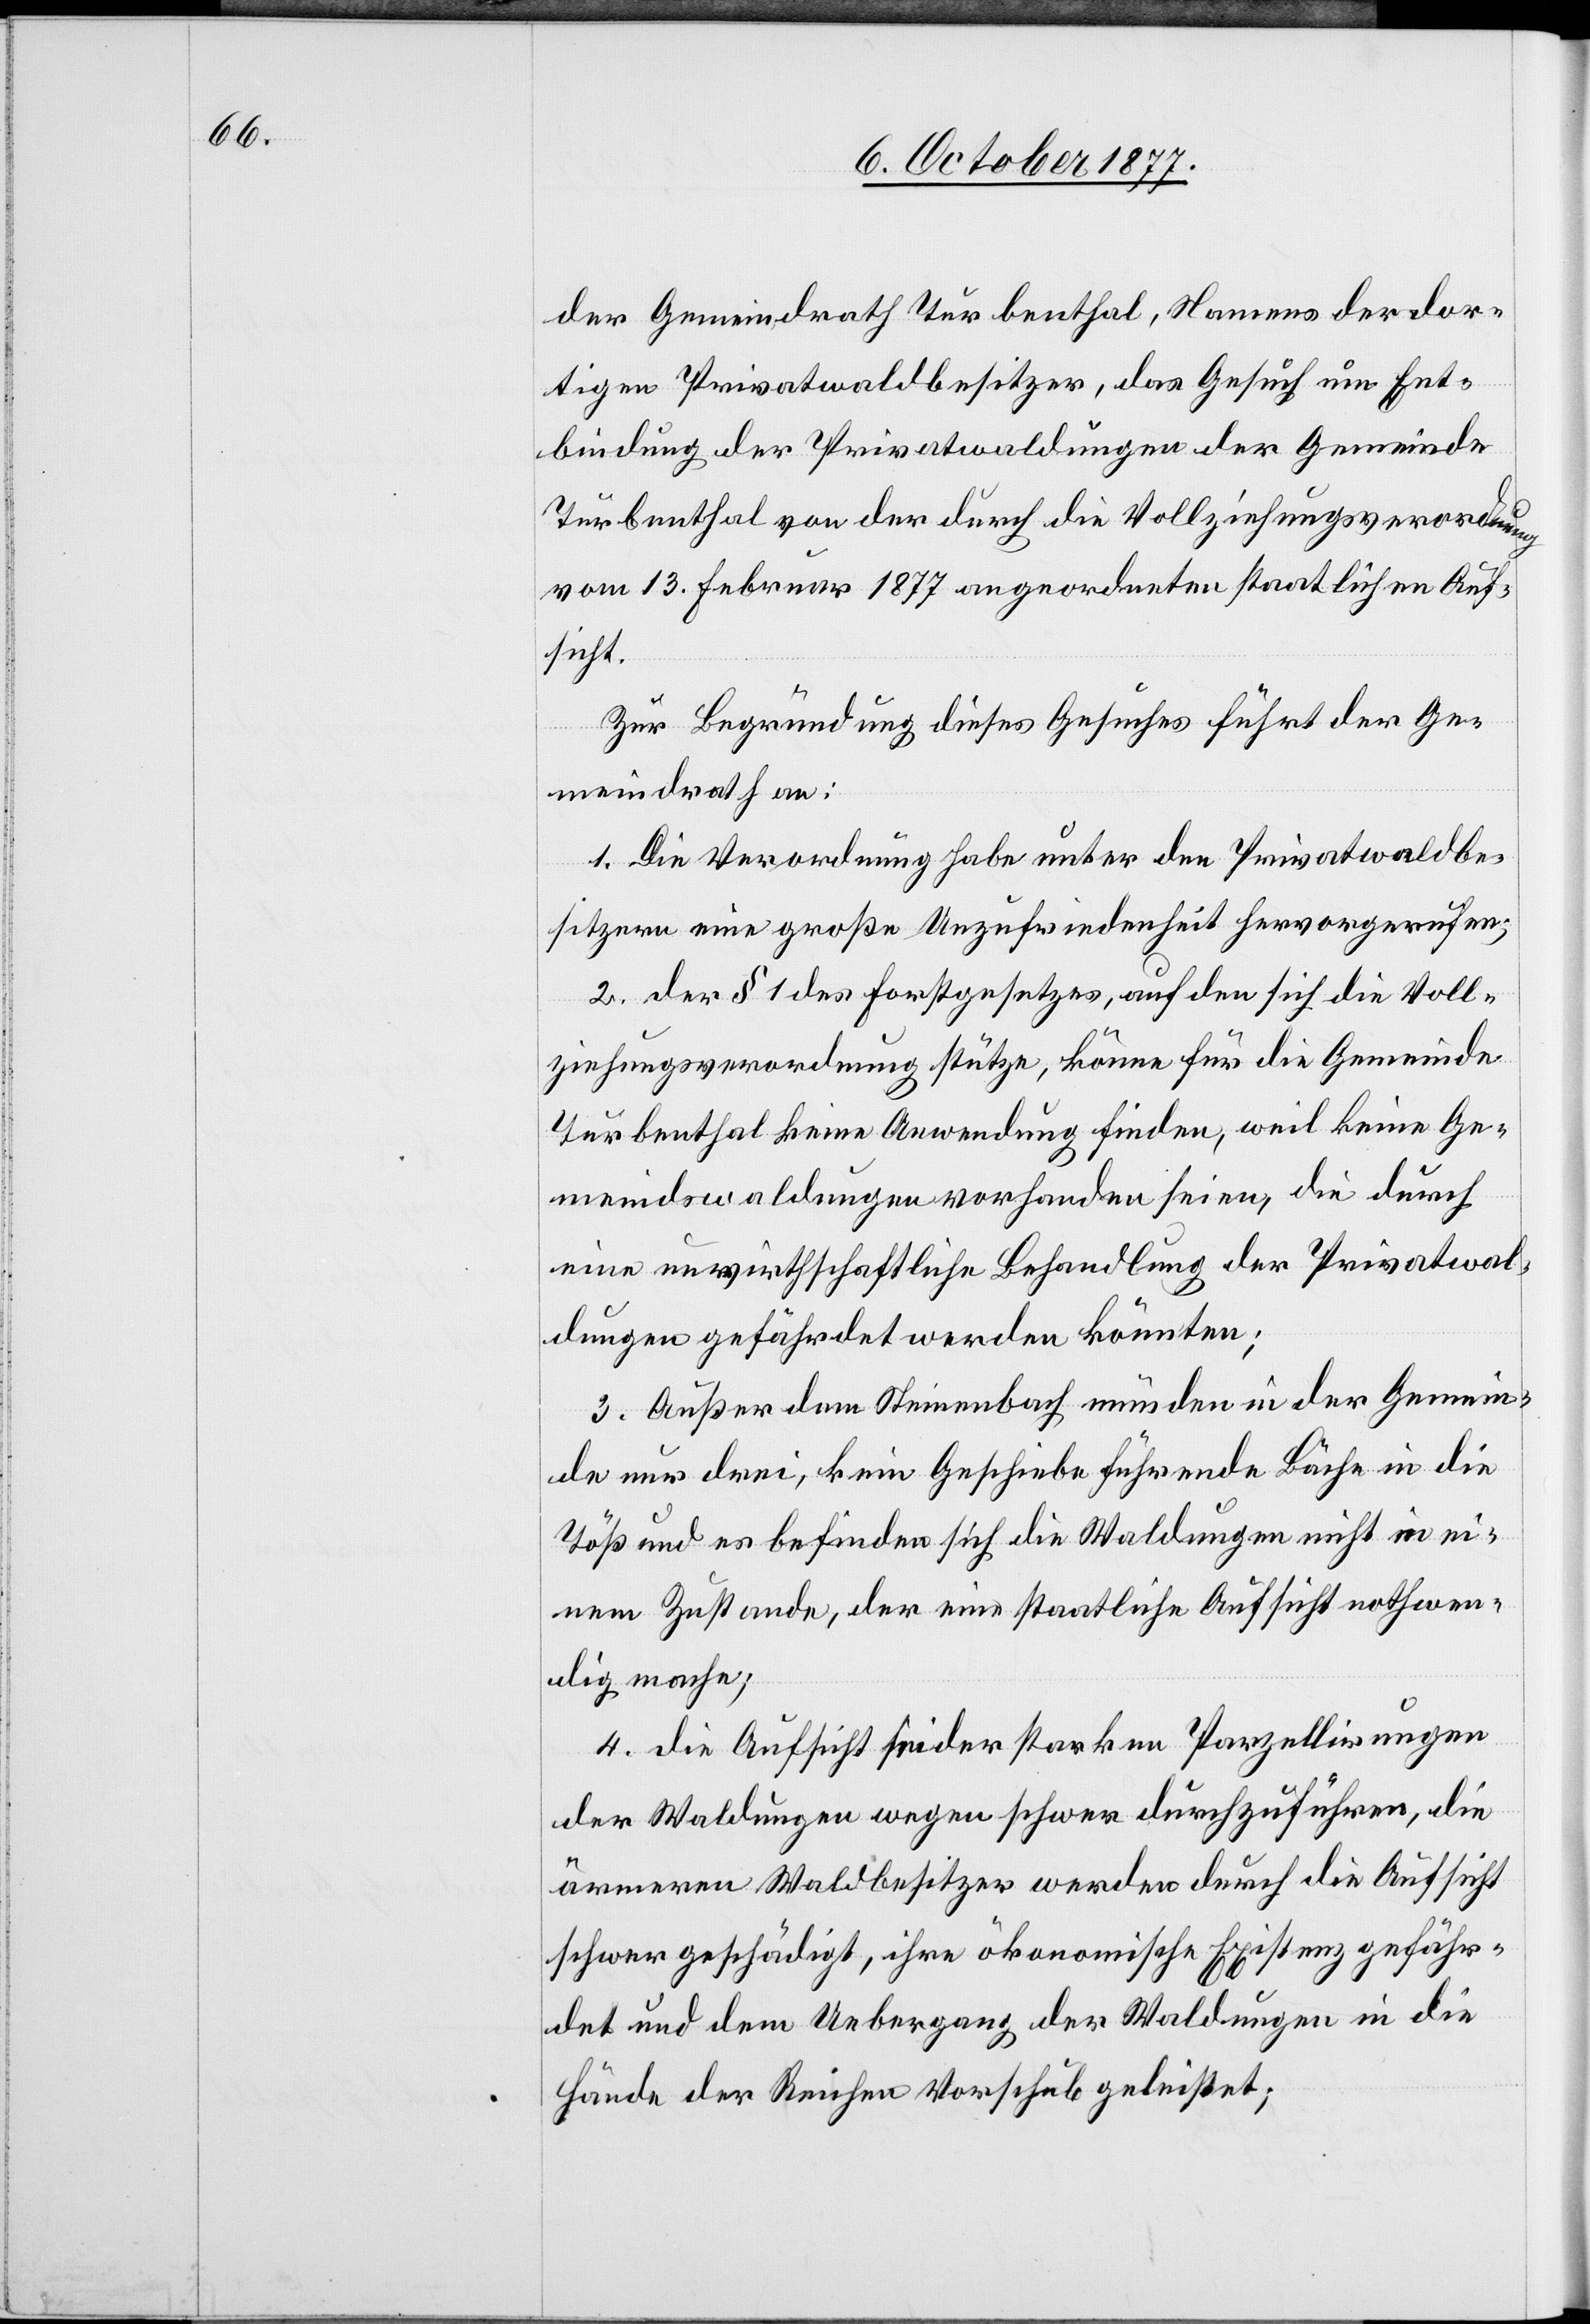
der Gemeindrath Turbenthal, Namens der dor¬
tigen Privatwaldbesitzer, das Gesuch um Ent¬
bindung der Privatwaldungen der Gemeinde
Turbenthal von der durch die Vollziehungsverordnung
vom 13. Februar 1877 angeordneten staatlichen Auf¬
sicht.
Zur Begründung dieses Gesuches führt der Ge¬
meindrath an:
1. Die Verordnung habe unter den Privatwaldbe¬
sitzern eine große Unzufriedenheit hervorgerufen;
2. der § 1 des Forstgesetzes, auf den sich die Voll¬
ziehungsverordnung stütze, könne für die Gemeinde
Turbenthal keine Anwendung finden, weil keine Ge¬
meindswaldungen vorhanden seien, die durch
eine unwirthschaftliche Behandlung der Privatwal¬
dungen gefährdet werden könnten;
3. Außer dem Steinenbach münden in der Gemein¬
de nur drei, kein Geschiebe führende Bäche in die
Töß und es befinden sich die Waldungen nicht in ei¬
nem Zustande, der eine staatliche Aufsicht nothwen¬
dig mache;
4. die Aufsicht sei der starken Parzellirungen
der Waldungen wegen schwer durchzuführen, die
ärmeren Waldbesitzer werden durch die Aufsicht
schwer geschädigt, ihre ökonomische Existenz gefähr¬
det und dem Uebergang der Waldungen in die
Hände der Reichen Vorschub geleistet;